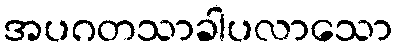
အပဂတသာခါပလာသော